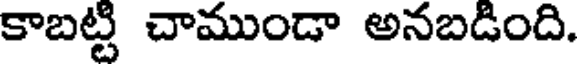
కాబట్టి చాముండా అనబడింది.